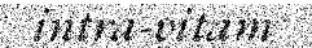
intra-vitam